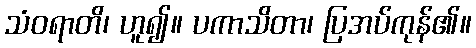
သံဝရာတိ၊ ဟူ၍။ ပကာသိတာ၊ ပြအပ်ကုန်၏။